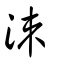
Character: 洓